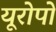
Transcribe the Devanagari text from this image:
यूरोपों